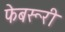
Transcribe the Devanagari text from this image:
फेबरूरी